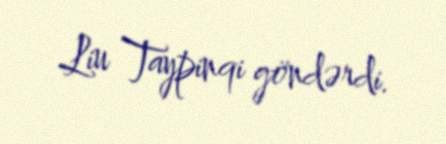
Liu Taypinqi göndərdi.